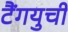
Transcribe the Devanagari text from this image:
टैंगयुची